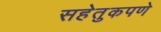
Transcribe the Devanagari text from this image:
सहेतुकपणे